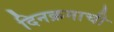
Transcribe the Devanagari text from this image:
दिनक्रमाची